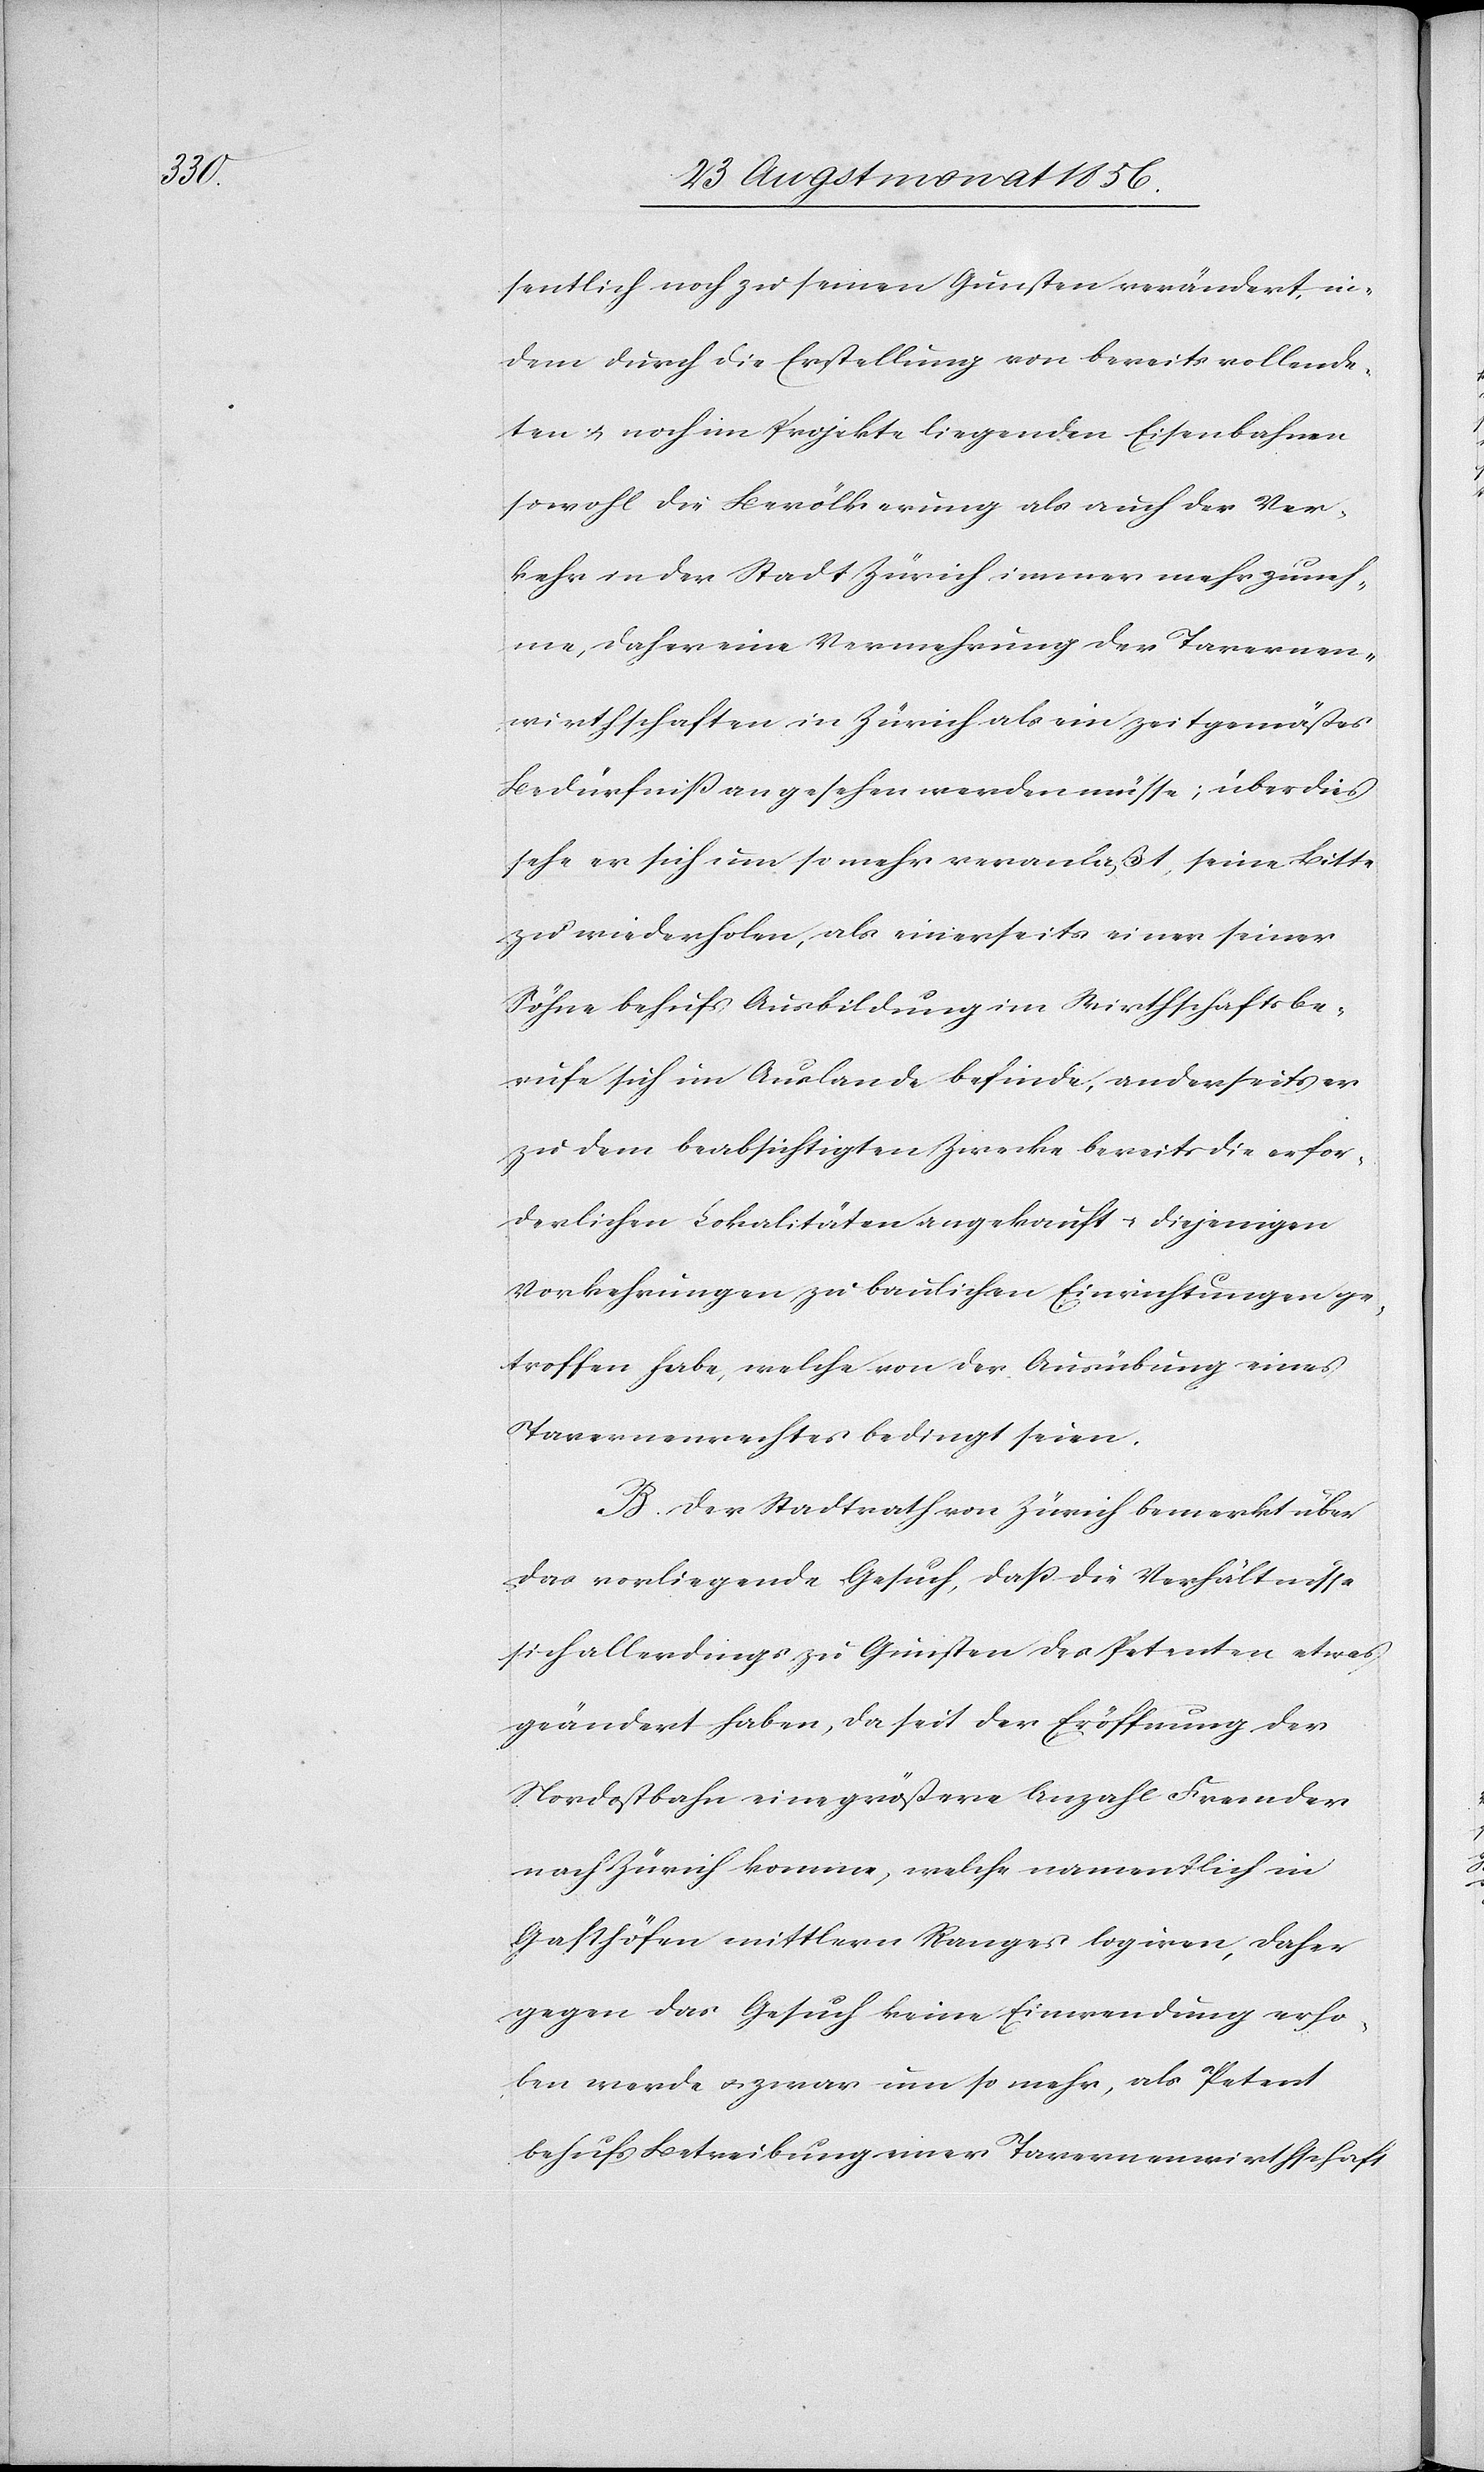
sentlich noch zu seinen Gunsten verändert, in¬
dem durch die Erstellung von bereits vollende¬
ten u. noch im Projekte liegenden Eisenbahnen
sowohl die Bevölkerung als auch der Ver¬
kehr in der Stadt Zürich immer mehr zuneh¬
me, daher eine Vermehrung der Tavernen¬
wirthschaften in Zürich als ein zeitgemäßes
Bedürfniss angesehen werden müsse; überdies
sehe er sich um so mehr veranlaßt, seine Bitte
zu wiederholen, als einerseits einer seiner
Söhne behufs Ausbildung im Wirthschaftsbe¬
rufe sich in Auslande befinde, anderseits er
zu dem beabsichtigten Zwecke bereits diese erfor¬
derlichen Lokalitäten angekauft u. diejenigen
Vorkehrungen zu baulichen Einrichtungen ge¬
troffen habe, welche von der Ausübung eines
Tavernenrechtes bedingt seien.
B.) Der Stadtrath von Zürich bemerkt über
das vorliegende Gesuch, dass die Verhältnisse
sich allerdings zu Gunsten des Petenten etwas
geändert haben, da seit der Eröffnung der
Nordostbahn eine größere Anzahl Fremder
nach Zürich komme, welche namentlich in
Gasthöfen mittlern Ranges logiren, daher
gegen das Gesuch keine Einwendung erho¬
ben werde u. zwar um so mehr, als Petent
behufs Betreibung einer Tavernenwirthschaft